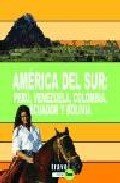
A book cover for America del Sur: Peru, Venezuela, Colombia, Ecuador y Bolivia  (Spanish Edition); Eva Carrasco; Travel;